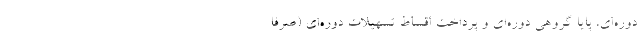
دوره‌ای، پایا گروهی دوره‌ای و پرداخت اقساط تسهیلات دوره‌ای (صرفاً